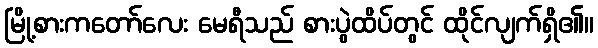
မြို့စားကတော်လေး မေရီသည် စားပွဲထိပ်တွင် ထိုင်လျက်ရှိ၏။